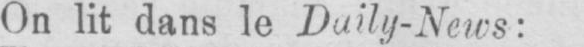
On lit dans le Daily-News: